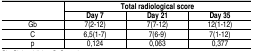
<table><thead><tr><td></td><td><b>Total radiological score</b></td><td></td><td></td></tr><tr><td></td><td><b>Day 7</b></td><td><b>Day 21</b></td><td><b>Day 35</b></td></tr></thead><tbody><tr><td>Gb</td><td>7(2-12)</td><td>7(7-12)</td><td>12(1-12)</td></tr><tr><td>C</td><td>6,5(1-7)</td><td>7(6-9)</td><td>7(1-12)</td></tr><tr><td>p</td><td>0,124</td><td>0,063</td><td>0,377</td></tr></tbody></table>